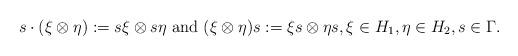
LaTeX: \begin{align*}s \cdot (\xi\otimes \eta):= s \xi\otimes s \eta \textrm{ and } (\xi\otimes \eta) s := \xi s \otimes \eta s, \xi \in H_1, \eta \in H_2, s \in \Gamma. \end{align*}